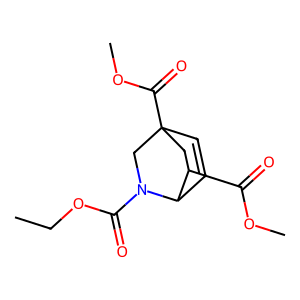
SMILES: CCOC(=O)N1CC2(C(=O)OC)C=CC1C(C(=O)OC)C2
Inhibits HIV replication: No